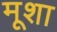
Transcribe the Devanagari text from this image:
मूशा